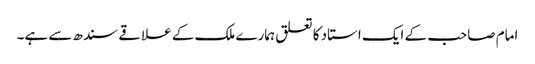
امام صاحب کے ایک استاد کا تعلق ہمارے ملک کے علاقے سندھ سے ہے۔